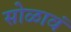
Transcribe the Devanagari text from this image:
सोळावं